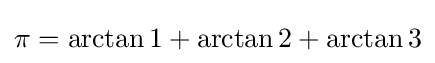
\pi =\arctan 1+\arctan 2+\arctan 3